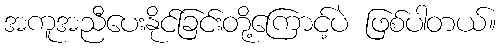
အကူအညီပေးနိုင်ခြင်းတို့ကြောင့်ပဲ ဖြစ်ပါတယ်။